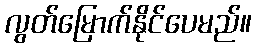
လွတ်မြောက်နိုင်ပေမည်။